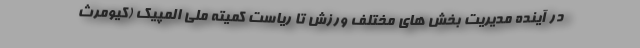
در آینده مدیریت بخش های مختلف ورزش تا ریاست کمیته ملی المپیک (کیومرث